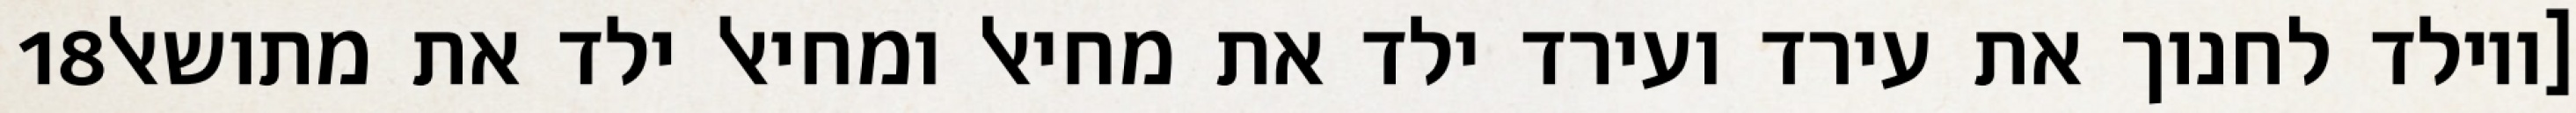
‎18‏ [ויולד לחנוך את עירד ועירד ילד את מחיאל ומחיאל ילד את מתושאל